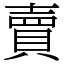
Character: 賣